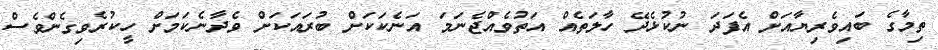
ތިމާގެ ބައިވެރިޔާއަށް އެފަދަ ނުކުޅެދޭ ހާލަތެއް އަތުވެއްޖެނަމަ އަނެކަކަށް ބުރައަކަށް ވެދާނެކަމަށް ހީކުރެވިގެންވެސް